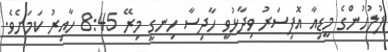
ފުލުހުންގެ މީޑިއާ އޮފިސަރު ވިދާޅުވީ ހާދިސާ ހިނގީ މިރޭ 8:45 ހާއިރު ކަމަށެވެ.